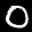
Label: 0